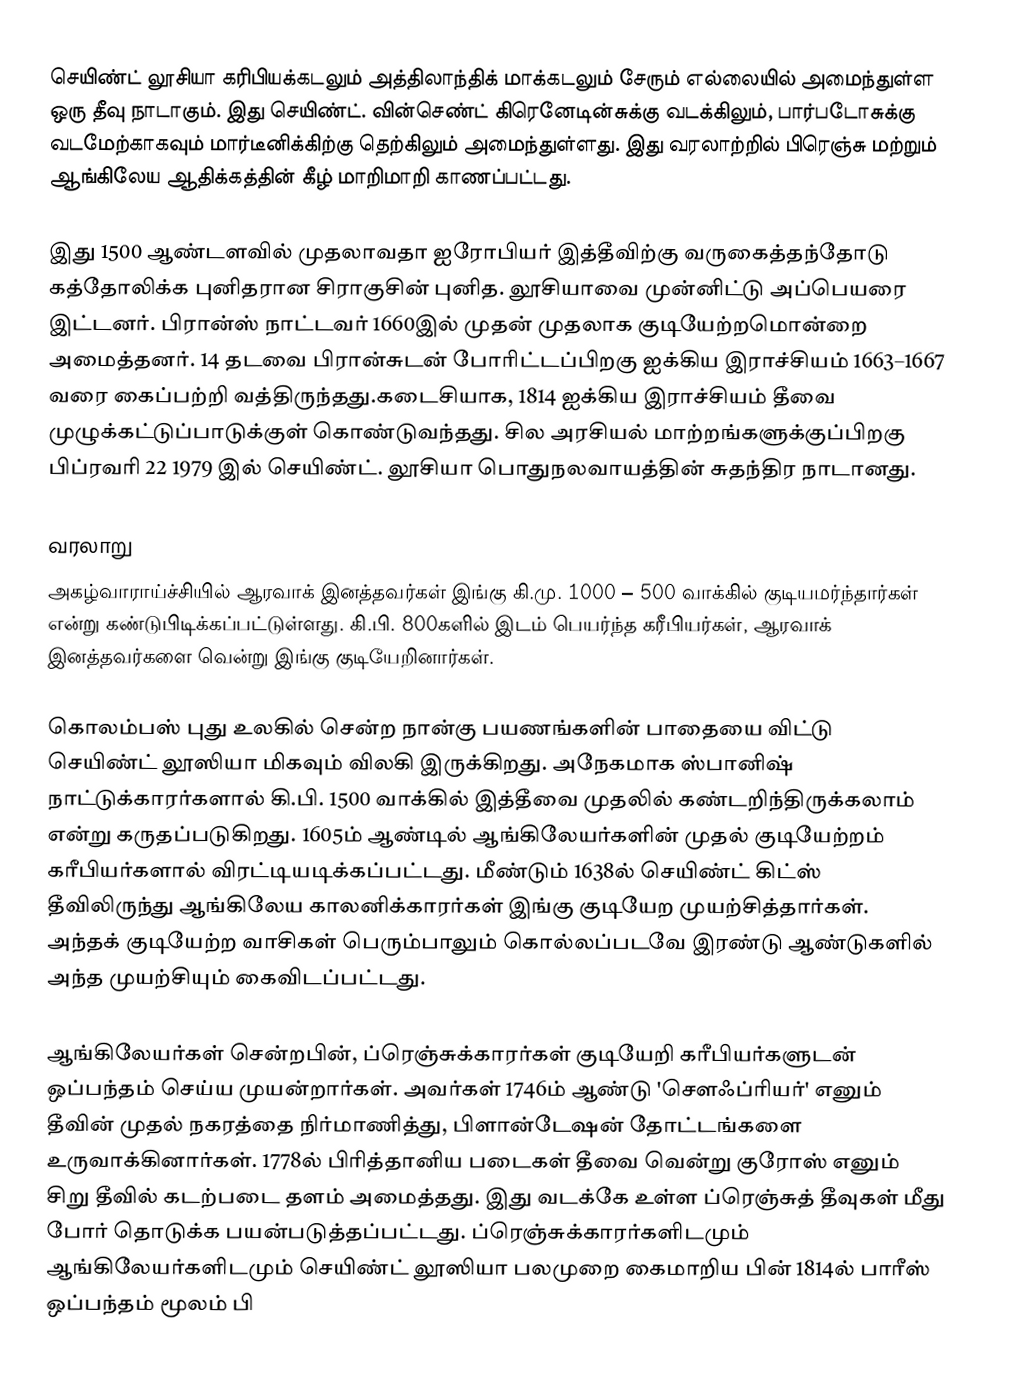
செயிண்ட் லூசியா கரிபியக்கடலும் அத்திலாந்திக் மாக்கடலும் சேரும் எல்லையில் அமைந்துள்ள ஒரு தீவு நாடாகும். இது செயிண்ட். வின்செண்ட் கிரெனேடின்சுக்கு வடக்கிலும், பார்படோசுக்கு வடமேற்காகவும் மார்டீனிக்கிற்கு தெற்கிலும் அமைந்துள்ளது. இது வரலாற்றில் பிரெஞ்சு மற்றும் ஆங்கிலேய ஆதிக்கத்தின் கீழ் மாறிமாறி காணப்பட்டது.

இது 1500 ஆண்டளவில் முதலாவதா ஐரோபியர் இத்தீவிற்கு வருகைத்தந்தோடு கத்தோலிக்க புனிதரான சிராகுசின் புனித. லூசியாவை முன்னிட்டு அப்பெயரை இட்டனர். பிரான்ஸ் நாட்டவர் 1660இல் முதன் முதலாக குடியேற்றமொன்றை அமைத்தனர். 14 தடவை பிரான்சுடன் போரிட்டப்பிறகு ஐக்கிய இராச்சியம் 1663–1667 வரை கைப்பற்றி வத்திருந்தது.கடைசியாக, 1814 ஐக்கிய இராச்சியம் தீவை முழுக்கட்டுப்பாடுக்குள் கொண்டுவந்தது. சில அரசியல் மாற்றங்களுக்குப்பிறகு பிப்ரவரி 22 1979 இல் செயிண்ட். லூசியா பொதுநலவாயத்தின்  சுதந்திர நாடானது.

வரலாறு
அகழ்வாராய்ச்சியில் ஆரவாக் இனத்தவர்கள் இங்கு கி.மு. 1000 – 500 வாக்கில் குடியமர்ந்தார்கள் என்று கண்டுபிடிக்கப்பட்டுள்ளது. கி.பி. 800களில் இடம் பெயர்ந்த கரீபியர்கள், ஆரவாக் இனத்தவர்களை வென்று இங்கு குடியேறினார்கள்.

கொலம்பஸ் புது உலகில் சென்ற நான்கு பயணங்களின் பாதையை விட்டு செயிண்ட் லூஸியா மிகவும் விலகி இருக்கிறது. அநேகமாக ஸ்பானிஷ் நாட்டுக்காரர்களால் கி.பி. 1500 வாக்கில் இத்தீவை முதலில் கண்டறிந்திருக்கலாம் என்று கருதப்படுகிறது. 1605ம் ஆண்டில் ஆங்கிலேயர்களின் முதல் குடியேற்றம் கரீபியர்களால் விரட்டியடிக்கப்பட்டது. மீண்டும் 1638ல் செயிண்ட் கிட்ஸ் தீவிலிருந்து ஆங்கிலேய காலனிக்காரர்கள் இங்கு குடியேற முயற்சித்தார்கள். அந்தக் குடியேற்ற வாசிகள் பெரும்பாலும் கொல்லப்படவே இரண்டு ஆண்டுகளில் அந்த முயற்சியும் கைவிடப்பட்டது.

ஆங்கிலேயர்கள் சென்றபின், ப்ரெஞ்சுக்காரர்கள் குடியேறி கரீபியர்களுடன் ஒப்பந்தம் செய்ய முயன்றார்கள். அவர்கள் 1746ம் ஆண்டு 'சௌஃப்ரியர்' எனும் தீவின் முதல் நகரத்தை நிர்மாணித்து, பிளான்டேஷன் தோட்டங்களை உருவாக்கினார்கள். 1778ல் பிரித்தானிய படைகள் தீவை வென்று குரோஸ் எனும் சிறு தீவில் கடற்படை தளம் அமைத்தது. இது வடக்கே உள்ள ப்ரெஞ்சுத் தீவுகள் மீது போர் தொடுக்க பயன்படுத்தப்பட்டது. ப்ரெஞ்சுக்காரர்களிடமும் ஆங்கிலேயர்களிடமும் செயிண்ட் லூஸியா பலமுறை கைமாறிய பின் 1814ல் பாரீஸ் ஒப்பந்தம் மூலம் பி